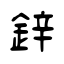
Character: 鋅